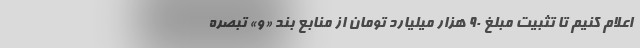
اعلام کنیم تا تثبیت مبلغ ۹۰ هزار میلیارد تومان از منابع بند «و» تبصره